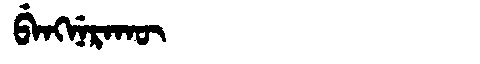
Manchu: ᠪᡝᠩᠨᡝᡵᠠᡴᡡ
Romanization: BENGNERAKŪ